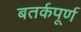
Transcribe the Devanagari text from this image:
बतर्कपूर्ण